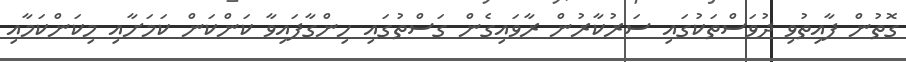
ގޮތުން ފާއިތުވި ދުވަސްތަކުގައި ސަރުކާރުން ރާވައިގެން ގަސްތުގައި ހިންގާފައިވާ ކަންކަން ކަމަށާއި މިކަންކަމާއި